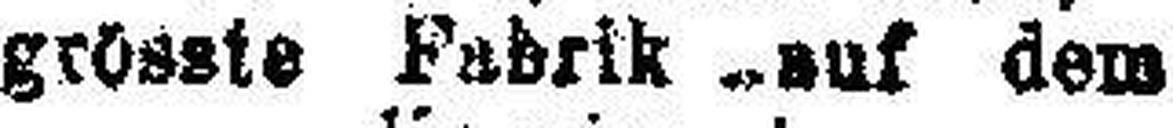
grösste Fabrik ..auf dem